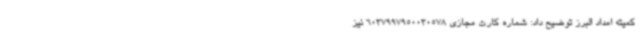
کمیته امداد البرز توضیح داد: شماره کارت مجازی 6037997950030578 نیز